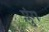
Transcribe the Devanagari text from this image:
प्लुंग